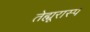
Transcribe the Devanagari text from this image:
तेह्मूरास्प